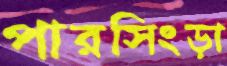
পারসিংড়া